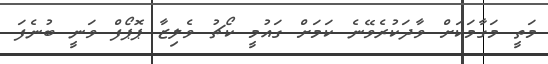
މަތީ މަގާމަކަށް ވާދަކުރެވޭނެ ކަމަށް ގައުމީ ކޯޗު ވެލިޒާ ޕޮޕޯފް ވަނީ ބުނެފަ